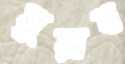
মুয়াব